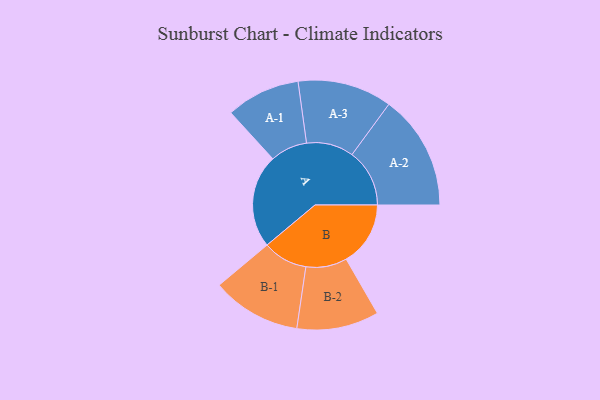
{"axis": {"x": "Segment", "y": "Value"}, "legend": ["", "A", "B"], "data": [{"x": "A", "y": 488, "type": ""}, {"x": "B", "y": 335, "type": ""}, {"x": "A-1", "y": 193, "type": "A"}, {"x": "A-2", "y": 300, "type": "A"}, {"x": "A-3", "y": 246, "type": "A"}, {"x": "B-1", "y": 233, "type": "B"}, {"x": "B-2", "y": 214, "type": "B"}]}